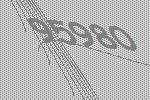
95980